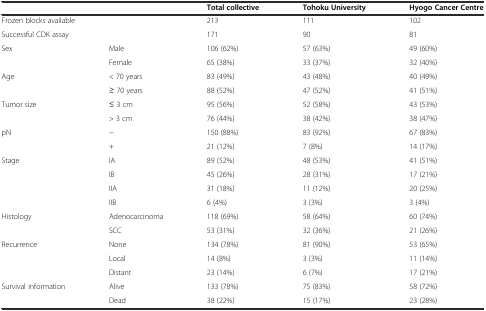
<table><thead><tr><td colspan="2"></td><td><b>Total collective</b></td><td><b>Tohoku University</b></td><td><b>Hyogo Cancer Centre</b></td></tr></thead><tbody><tr><td colspan="2">Frozen blocks available</td><td>213</td><td>111</td><td>102</td></tr><tr><td colspan="2">Successful CDK assay</td><td>171</td><td>90</td><td>81</td></tr><tr><td>Sex</td><td>Male</td><td>106 (62%)</td><td>57 (63%)</td><td>49 (60%)</td></tr><tr><td></td><td>Female</td><td>65 (38%)</td><td>33 (37%)</td><td>32 (40%)</td></tr><tr><td>Age</td><td>&lt; 70 years</td><td>83 (49%)</td><td>43 (48%)</td><td>40 (49%)</td></tr><tr><td></td><td>≥ 70 years</td><td>88 (52%)</td><td>47 (52%)</td><td>41 (51%)</td></tr><tr><td>Tumor size</td><td>≤ 3 cm</td><td>95 (56%)</td><td>52 (58%)</td><td>43 (53%)</td></tr><tr><td></td><td>&gt; 3 cm</td><td>76 (44%)</td><td>38 (42%)</td><td>38 (47%)</td></tr><tr><td>pN</td><td>-</td><td>150 (88%)</td><td>83 (92%)</td><td>67 (83%)</td></tr><tr><td></td><td>+</td><td>21 (12%)</td><td>7 (8%)</td><td>14 (17%)</td></tr><tr><td>Stage</td><td>IA</td><td>89 (52%)</td><td>48 (53%)</td><td>41 (51%)</td></tr><tr><td></td><td>IB</td><td>45 (26%)</td><td>28 (31%)</td><td>17 (21%)</td></tr><tr><td></td><td>IIA</td><td>31 (18%)</td><td>11 (12%)</td><td>20 (25%)</td></tr><tr><td></td><td>IIB</td><td>6 (4%)</td><td>3 (3%)</td><td>3 (4%)</td></tr><tr><td>Histology</td><td>Adenocarcinoma</td><td>118 (69%)</td><td>58 (64%)</td><td>60 (74%)</td></tr><tr><td></td><td>SCC</td><td>53 (31%)</td><td>32 (36%)</td><td>21 (26%)</td></tr><tr><td>Recurrence</td><td>None</td><td>134 (78%)</td><td>81 (90%)</td><td>53 (65%)</td></tr><tr><td></td><td>Local</td><td>14 (8%)</td><td>3 (3%)</td><td>11 (14%)</td></tr><tr><td></td><td>Distant</td><td>23 (14%)</td><td>6 (7%)</td><td>17 (21%)</td></tr><tr><td>Survival information</td><td>Alive</td><td>133 (78%)</td><td>75 (83%)</td><td>58 (72%)</td></tr><tr><td></td><td>Dead</td><td>38 (22%)</td><td>15 (17%)</td><td>23 (28%)</td></tr></tbody></table>